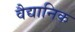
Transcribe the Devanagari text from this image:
वैद्यानिक